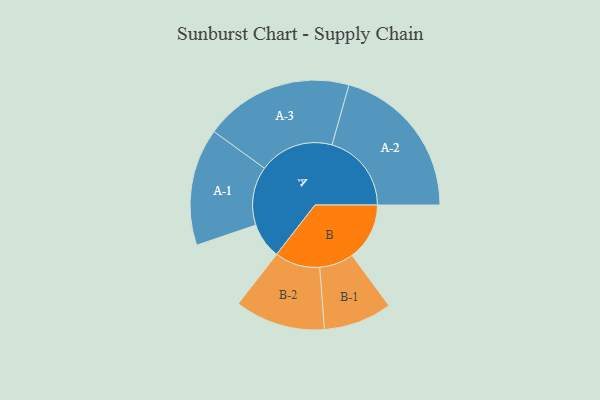
{"axis": {"x": "Segment", "y": "Value"}, "legend": ["", "A", "B"], "data": [{"x": "A", "y": 120, "type": ""}, {"x": "B", "y": 193, "type": ""}, {"x": "A-1", "y": 197, "type": "A"}, {"x": "A-2", "y": 267, "type": "A"}, {"x": "A-3", "y": 251, "type": "A"}, {"x": "B-1", "y": 115, "type": "B"}, {"x": "B-2", "y": 152, "type": "B"}]}